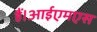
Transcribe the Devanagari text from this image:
हैं।आईएमएस